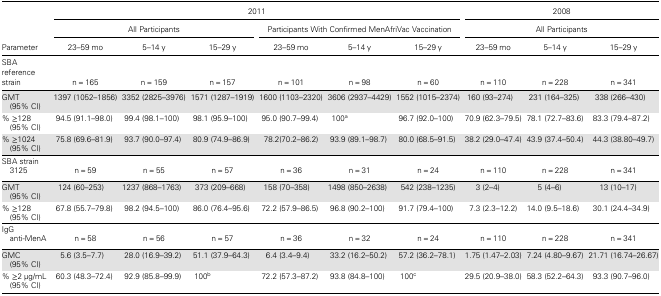
<table><thead><tr><td rowspan="3"><b>Parameter</b></td><td colspan="6"><b>2011</b></td><td colspan="3"><b>2008</b></td></tr><tr><td colspan="3"><b>All Participants</b></td><td colspan="3"><b>Participants With Confirmed MenAfriVac Vaccination</b></td><td colspan="3"><b>All Participants</b></td></tr><tr><td><b>23–59 mo</b></td><td><b>5–14 y</b></td><td><b>15–29 y</b></td><td><b>23–59 mo</b></td><td><b>5–14 y</b></td><td><b>15–29 y</b></td><td><b>23–59 mo</b></td><td><b>5–14 y</b></td><td><b>15–29 y</b></td></tr><tr><td><b>SBA reference strain</b></td><td><b>n = 165</b></td><td><b>n = 159</b></td><td><b>n = 157</b></td><td><b>n = 101</b></td><td><b>n = 98</b></td><td><b>n = 60</b></td><td><b>n = 110</b></td><td><b>n = 228</b></td><td><b>n = 341</b></td></tr></thead><tbody><tr><td>GMT (95% CI)</td><td>1397 (1052–1856)</td><td>3352 (2825–3976)</td><td>1571 (1287–1919)</td><td>1600 (1103–2320)</td><td>3606 (2937–4429)</td><td>1552 (1015–2374)</td><td>160 (93–274)</td><td>231 (164–325)</td><td>338 (266–430)</td></tr><tr><td>% ≥128 (95% CI)</td><td>94.5 (91.1–98.0)</td><td>99.4 (98.1–100)</td><td>98.1 (95.9–100)</td><td>95.0 (90.7–99.4)</td><td>100<sup>a</sup></td><td>96.7 (92.0–100)</td><td>70.9 (62.3–79.5)</td><td>78.1 (72.7–83.6)</td><td>83.3 (79.4–87.2)</td></tr><tr><td>% ≥1024 (95% CI)</td><td>75.8 (69.6–81.9)</td><td>93.7 (90.0–97.4)</td><td>80.9 (74.9–86.9)</td><td>78.2(70.2–86.2)</td><td>93.9 (89.1–98.7)</td><td>80.0 (68.5–91.5)</td><td>38.2 (29.0–47.4)</td><td>43.9 (37.4–50.4)</td><td>44.3 (38.80–49.7)</td></tr><tr><td>SBA strain 3125</td><td>n = 59</td><td>n = 55</td><td>n = 57</td><td>n = 36</td><td>n = 31</td><td>n = 24</td><td>n = 110</td><td>n = 228</td><td>n = 341</td></tr><tr><td>GMT (95% CI)</td><td>124 (60–253)</td><td>1237 (868–1763)</td><td>373 (209–668)</td><td>158 (70–358)</td><td>1498 (850–2638)</td><td>542 (238–1235)</td><td>3 (2–4)</td><td>5 (4–6)</td><td>13 (10–17)</td></tr><tr><td>% ≥128 (95% CI)</td><td>67.8 (55.7–79.8)</td><td>98.2 (94.5–100)</td><td>86.0 (76.4–95.6)</td><td>72.2 (57.9–86.5)</td><td>96.8 (90.2–100)</td><td>91.7 (79.4–100)</td><td>7.3 (2.3–12.2)</td><td>14.0 (9.5–18.6)</td><td>30.1 (24.4–34.9)</td></tr><tr><td>IgG anti-MenA</td><td>n = 58</td><td>n = 56</td><td>n = 57</td><td>n = 36</td><td>n = 32</td><td>n = 24</td><td>n = 110</td><td>n = 228</td><td>n = 341</td></tr><tr><td>GMC (95% CI)</td><td>5.6 (3.5–7.7)</td><td>28.0 (16.9–39.2)</td><td>51.1 (37.9–64.3)</td><td>6.4 (3.4–9.4)</td><td>33.2 (16.2–50.2)</td><td>57.2 (36.2–78.1)</td><td>1.75 (1.47–2.03)</td><td>7.24 (4.80–9.67)</td><td>21.71 (16.74–26.67)</td></tr><tr><td>% ≥2 μg/mL (95% CI)</td><td>60.3 (48.3–72.4)</td><td>92.9 (85.8–99.9)</td><td>100<sup>b</sup></td><td>72.2 (57.3–87.2)</td><td>93.8 (84.8–100)</td><td>100<sup>c</sup></td><td>29.5 (20.9–38.0)</td><td>58.3 (52.2–64.3)</td><td>93.3 (90.7–96.0)</td></tr></tbody></table>